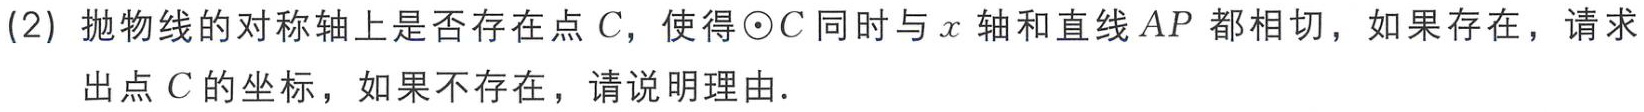
(2) 抛物线的对称轴上是否存在点 \(C\)，使得\(\odot C\)同时与 \(x\) 轴和直线 \(AP\) 都相切，如果存在，请求出点 \(C\) 的坐标，如果不存在，请说明理由.